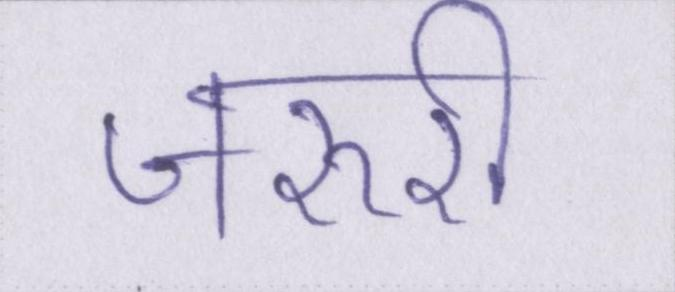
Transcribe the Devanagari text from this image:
जरुरी